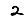
Digit: 2